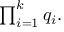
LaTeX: \textstyle \prod _ { i = 1 } ^ { k } q _ { i } .